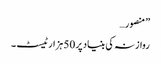
” منصور…
روازنہ کی بنیاد پر 50 ہزارٹیسٹ ۔